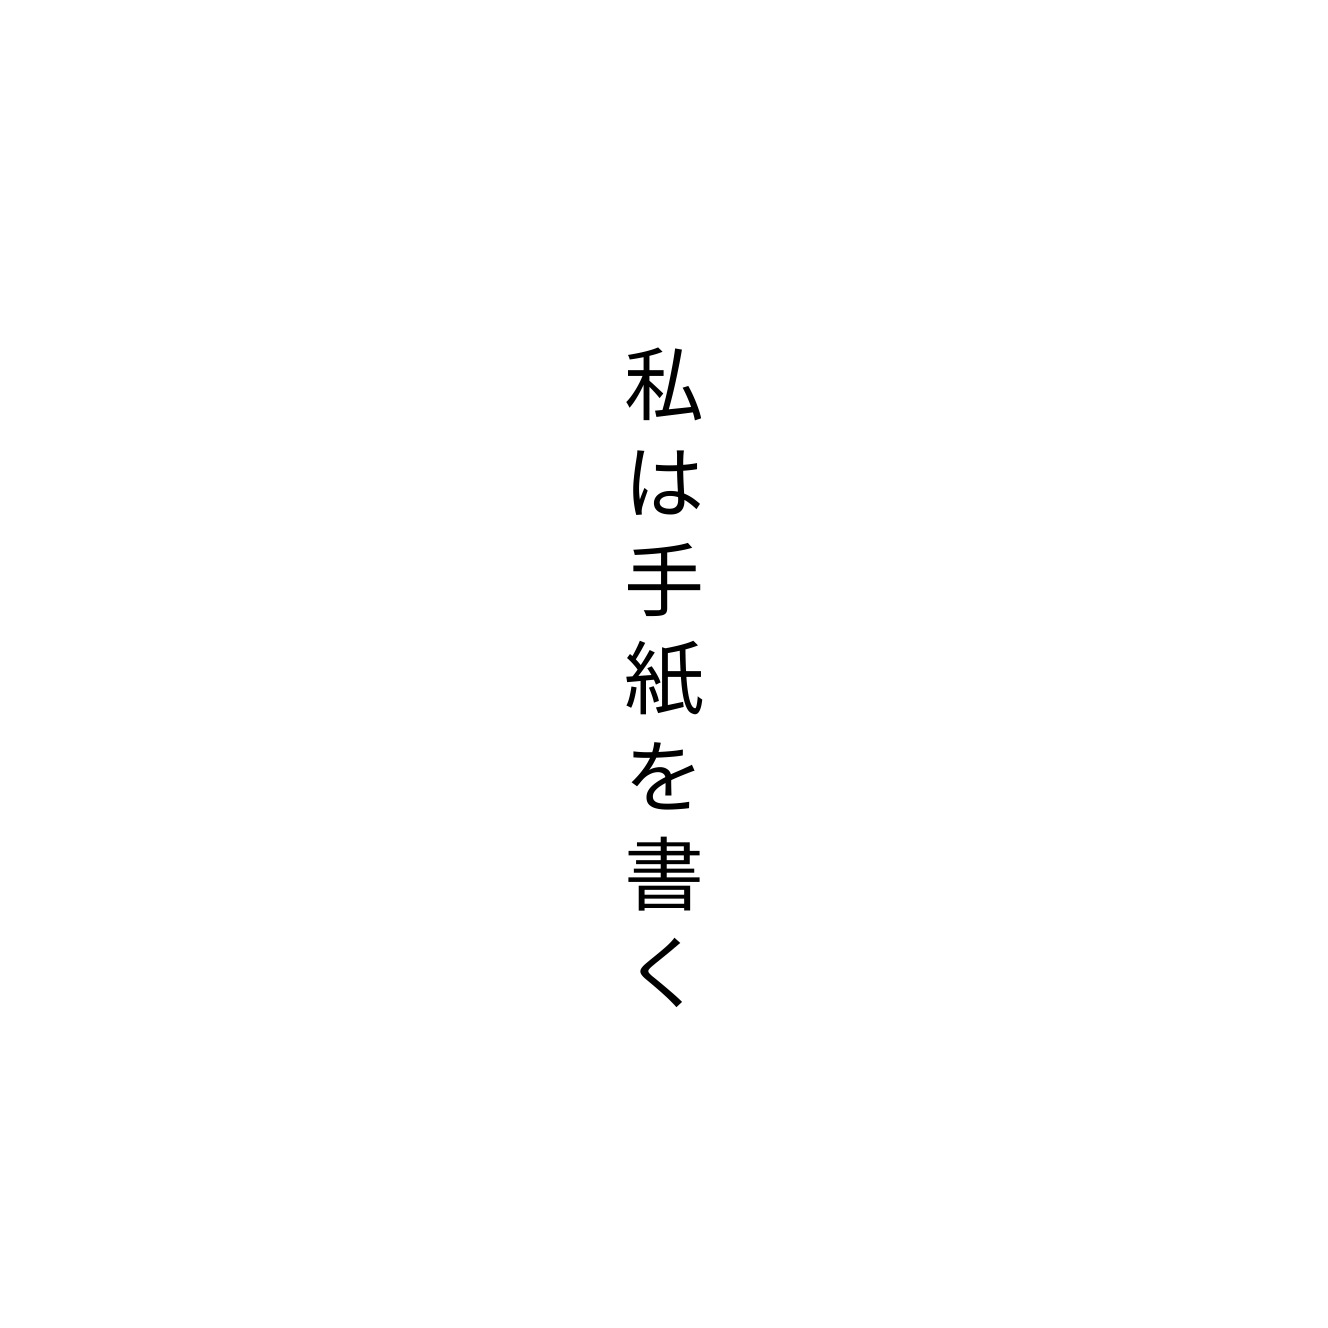
私は手紙を書く